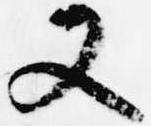
又